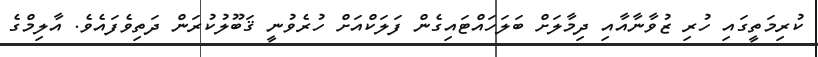
ކުރިމަތީގައި ހުރި ޒުވާނާއާއި ދިމާލަށް ބަލަހައްޓައިގެން ފަލަކްއަށް ހުރެވުނީ ޤަބޫލުކުރަން ދަތިވެފައެވެ. އާލިމްގެ